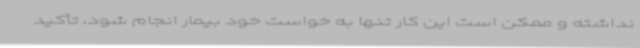
نداشته و ممکن است این کار تنها به خواست خود بیمار انجام شود، تأکید